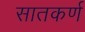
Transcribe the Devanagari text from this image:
सातकर्ण